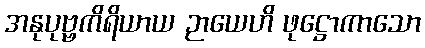
အနုပုဗ္ဗကိရိယာယ ဉာယေဟိ ဖုဋ္ဌောကာသော